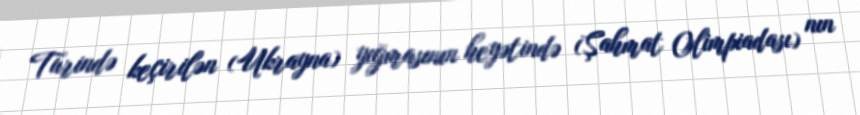
Turində keçirilən (Ukrayna) yığmasının heyətində (Şahmat Olimpiadası) nın